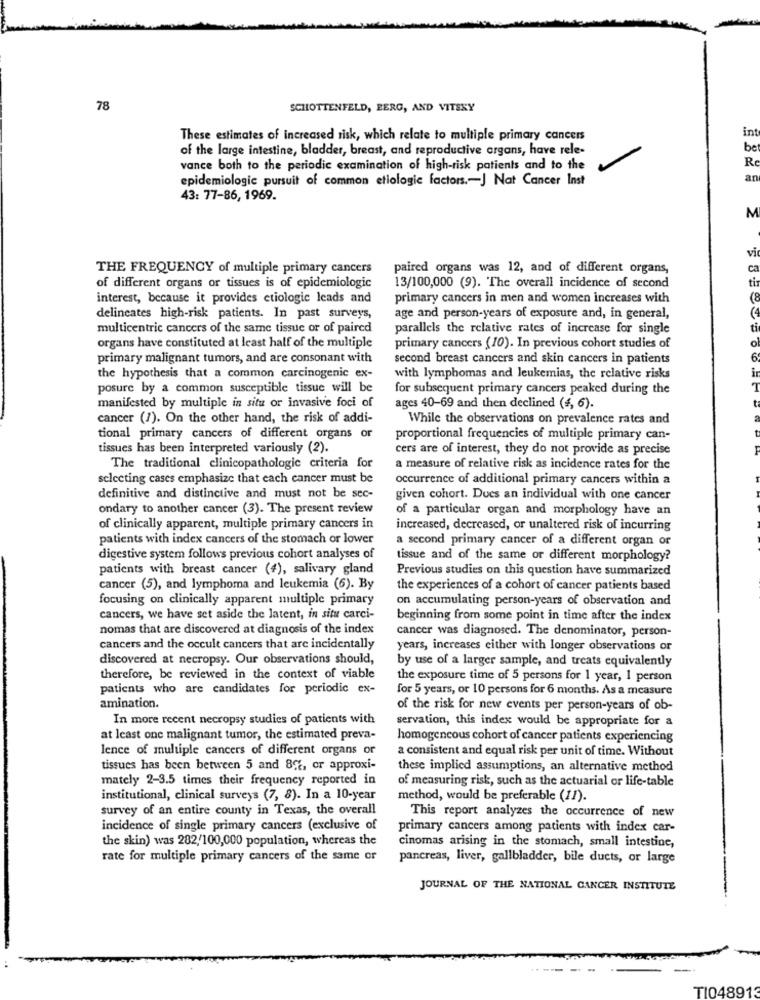
78
SCHOTTENFELD, BERG, AND VITSKY
int
These estimates of increased risk, which relate to multiple primary cancers
of the large intestine, bladder, breast, and reproductive organs, have rele-
be
Re
vance both to the periodic examination of high-risk patients and to the
epidemiologic pursuit of common etiologic factors .- J Nat Cancer Inst
an
43: 77-86, 1969.
M
vi
THE FREQUENCY of multiple primary cancers
paired organs was 12, and of different organs,
ca
ti
of different organs or tissues is of epidemiologic
13/100,000 (9). The overall incidence of second
interest, because it provides etiologie leads and
primary cancers in men and women increases with
(8
delincates high-risk patients. In past surveys,
age and person-years of exposure and, in general,
multicentric cancers of the same tissue or of paired
parallels the relative rates of increase for single
ti
organs have constituted at least half of the multiple
primary cancers (10). In previous cohort studies of
primary malignant tumors, and are consonant with
second breast cancers and skin cancers in patients
the hypothesis that a common carcinogenic ex-
with lymphomas and leukemias, the relative risks
posure by a common susceptible tissue will be
for subsequent primary cancers peaked during the
manifested by multiple in situ or invasive foci of
ages 40-69 and then declined (4, 6).
cancer (7). On the other hand, the risk of addi-
While the observations on prevalence rates and
tional primary cancers of different organs or
proportional frequencies of multiple primary can-
tissues has been interpreted variously (2).
cers are of interest, they do not provide as precise
The traditional clinicopathologic criteria for
a measure of relative risk as incidence rates for the
selecting cases emphasize that each cancer must be
occurrence of additional primary cancers within a
definitive and distinctive and must not be sec-
given cohort. Dues an individual with one cancer
ondary to another cancer (3). The present review
of a particular organ and morphology have an
of clinically apparent, multiple primary cancers in
increased, decreased, or unaltered risk of incurring
patients with index cancers of the stomach or lower
a second primary cancer of a different organ or
digestive system follows previous cohort analyses of
tissue and of the same or different morphology?
patients with breast cancer (4), salivary gland
Previous studies on this question have summarized
cancer (5), and lymphoma and leukemia (6). By
the experiences of a cohort of cancer patients based
focusing on clinically apparent multiple primary
on accumulating person-years of observation and
cancers, we have set aside the latent, in situ carci-
beginning from some point in time after the index
nomas that are discovered at diagnosis of the index
cancer was diagnosed. The denominator, person-
cancers and the occult cancers that are incidentally
years, increases either with longer observations or
discovered at necropsy. Our observations should,
by use of a larger sample, and treats equivalently
therefore, be reviewed in the context of viable
the exposure time of 5 persons for 1 year, 1 person
patients who are candidates for periodic ex-
for 5 years, or 10 persons for 6 months. As a measure
amination.
of the risk for new events per person-years of ob-
In more recent necropsy studies of patients with
servation, this index would be appropriate for a
at least one malignant tumor, the estimated preva-
homogencous cohort of cancer patients experiencing
lence of multiple cancers of different organs or
a consistent and equal risk per unit of time. Without
tissues has been between 5 and 8%, or approxi-
these implied assumptions, an alternative method
mately 2-3.5 times their frequency reported in
of measuring risk, such as the actuarial or life-table
institutional, clinical surveys (7, 8). In a 10-year
method, would be preferable (11).
survey of an entire county in Texas, the overall
This report analyzes the occurrence of new
incidence of single primary cancers (exclusive of
primary cancers among patients with index car-
the skin) was 282/100,000 population, whereas the
cinomas arising in the stomach, small intestine,
rate for multiple primary cancers of the same or
pancreas, liver, gallbladder, bile ducts, or large
JOURNAL OF THE NATIONAL CANCER INSTITUTE
TI048913